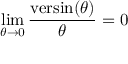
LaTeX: \operatorname* { l i m } _ { \theta \to 0 } { \frac { \operatorname { v e r s i n } ( \theta ) } { \theta } } = 0